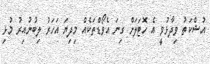
އުޝްކަތު ވިދާޅުވީ އެ ހޮޓަލަށް ގިނަ އެވޯޑްތަކެއް މިދިޔަ އަހަރު ލިބުނުއިރު މުޅި